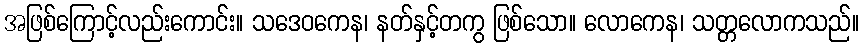
အဖြစ်ကြောင့်လည်းကောင်း။ သဒေဝကေန၊ နတ်နှင့်တကွ ဖြစ်သော။ လောကေန၊ သတ္တလောကသည်။